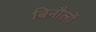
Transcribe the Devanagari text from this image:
बिनौलों